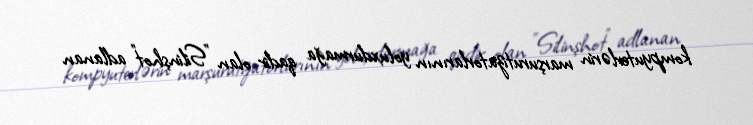
kompyuterlərin marşurutizatorlarının yoluxdurmağa qadir olan "Silinşhot" adlanan